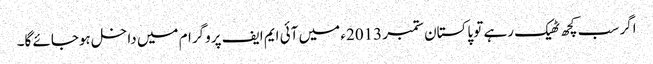
اگر سب کچھ ٹھیک رہے تو پاکستان ستمبر 2013ء میں آئی ایم ایف پروگرام میں داخل ہوجائے گا۔